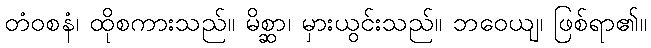
တံဝစနံ၊ ထိုစကားသည်။ မိစ္ဆာ၊ မှားယွင်းသည်။ ဘဝေယျ၊ ဖြစ်ရာ၏။